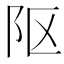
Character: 𨸟